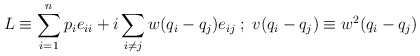
\begin{align*}L \equiv \sum_{i = 1}^{n} p_i e_{ii} + i \sum_{ i \neq j} w(q_i -q_j)e_{ij} \; ; \; v(q_i - q_j) \equiv w^2 (q_i - q_j)\end{align*}